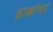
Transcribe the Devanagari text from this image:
द्राक्षांवर